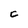
Character: C